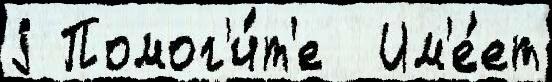
j Помог'и́т'е  Им'е́ет